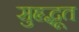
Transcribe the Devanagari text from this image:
सुहृद्भूत